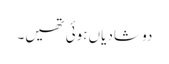
دو شادیاں ہوئی تھیں۔